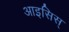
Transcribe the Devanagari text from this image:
आइसिस्